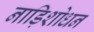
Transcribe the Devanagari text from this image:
नाड़िशोधन